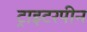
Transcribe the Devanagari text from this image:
ट्राइटरपीन